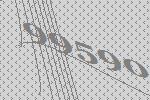
99590